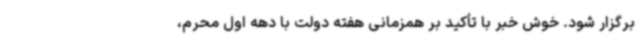
برگزار شود. خوش خبر با تأکید بر همزمانی هفته دولت با دهه اول محرم،